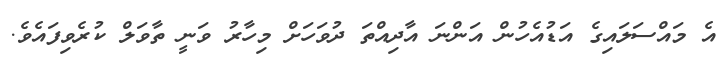
އެ މައްސަލައިގެ އަޑުއެހުން އަންނަ އާދިއްތަ ދުވަހަށް މިހާރު ވަނީ ތާވަލް ކުރެވިފައެވެ.